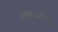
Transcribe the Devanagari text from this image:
असमानतेचा